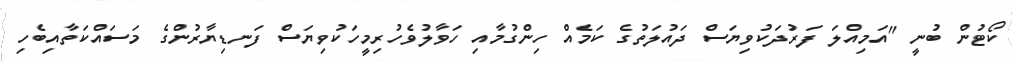
ކޯޓުން ބުނީ "އަމިއްލަ ފަރުދަކުވިޔަސް ދައުލަތުގެ ކަމެއް ހިންގުމާއި ހަވާލުވެހުރިމީހަކުވިޔަސް ފަނޑިޔާރުންގެ މަސައްކަތާއިބެހި